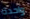
واحدة